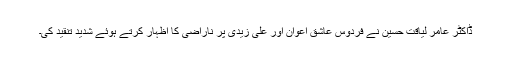
ڈاکٹر عامر لیاقت حسین نے فردوس عاشق اعوان اور علی زیدی پر ناراضی کا اظہار کرتے ہوئے شدید تنقید کی۔